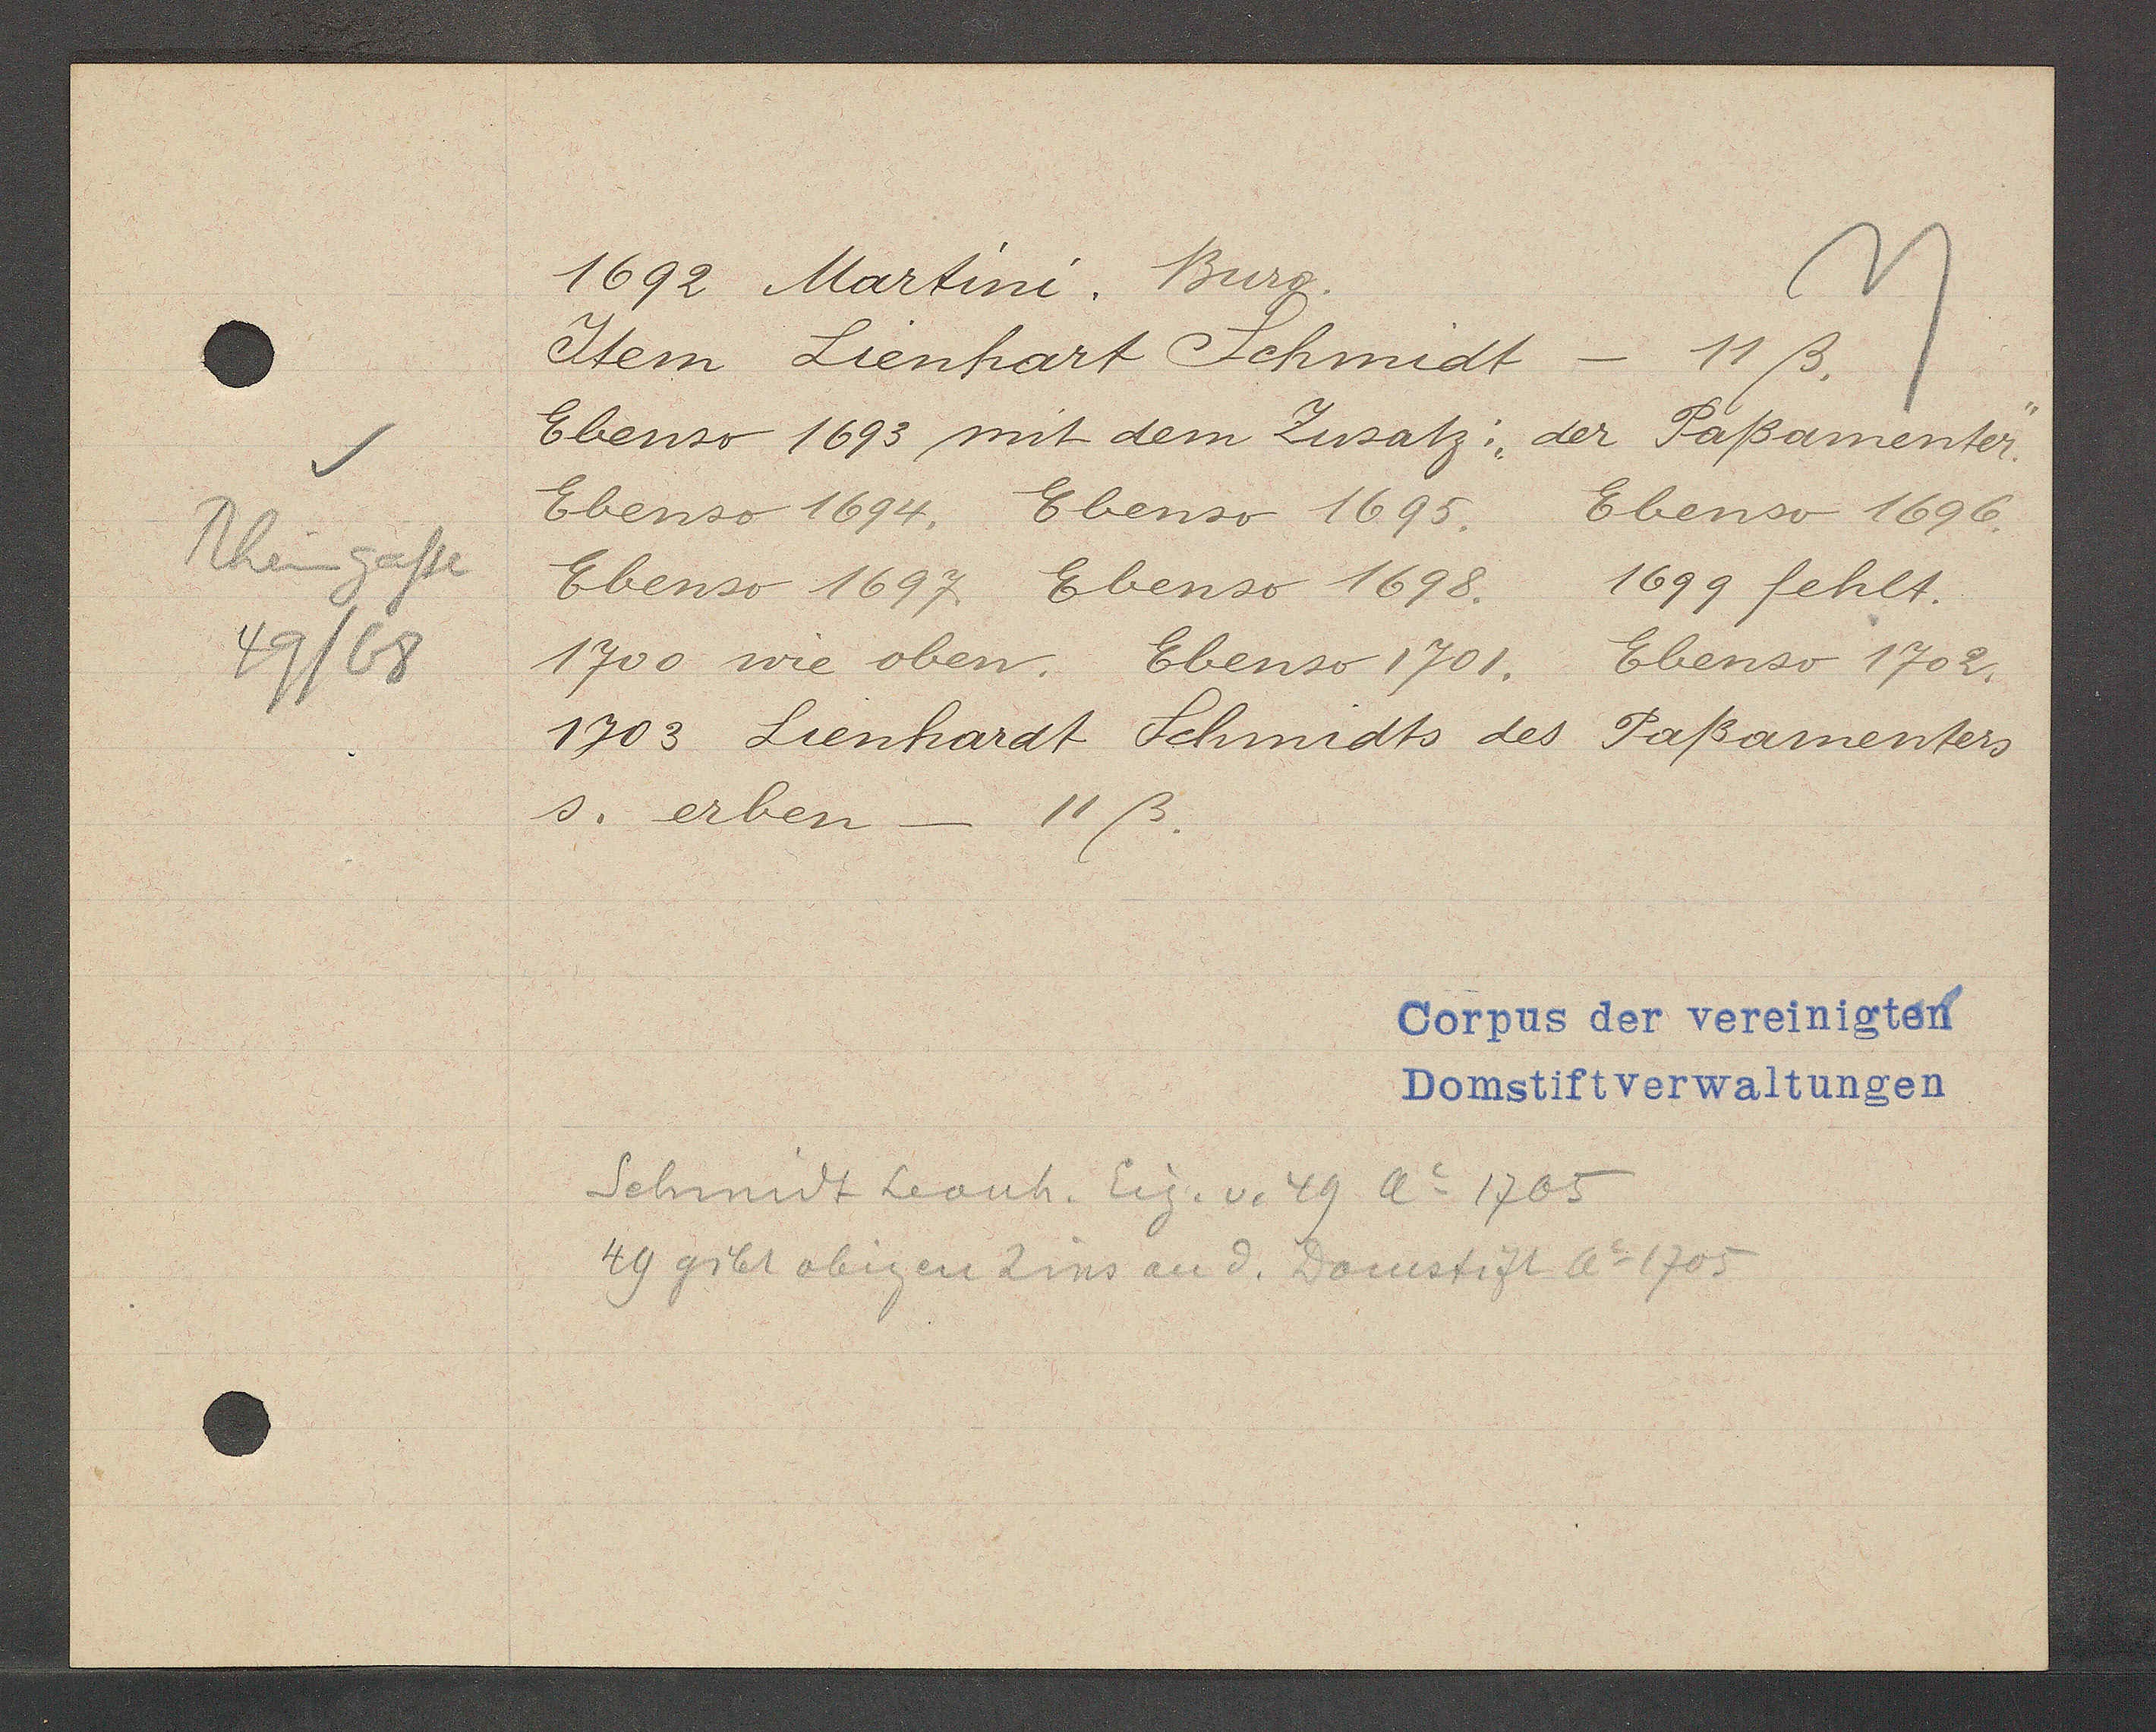
Transcript:
Rheingasse
49/68

1692 Martini. Burg

Item Lienhart Schmidt
- 11ß.
Ebenso 1693 mit dem Zusatz: 'der Paßamenter.''
Ebenso 1694. Ebenso 1695.
Ebenso 1696.
Ebenso 1697. Ebenso 1698.
1699 fehlt.
1700 wie oben. Ebenso 1701.
Ebenso 1702.
1703 Lienhardt Schmidts des
Paßamenters
s. erben - 11 ß.

Corpus der vereinigten
Domstiftverwaltungen

Schmidt Leonh. Eig. v. 49 Ao 1705
49 gibt obigen Zins an d. Domstift Ao 1705